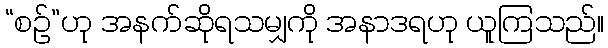
“စဉ်”ဟု အနက်ဆိုရသမျှကို အနာဒရဟု ယူကြသည်။